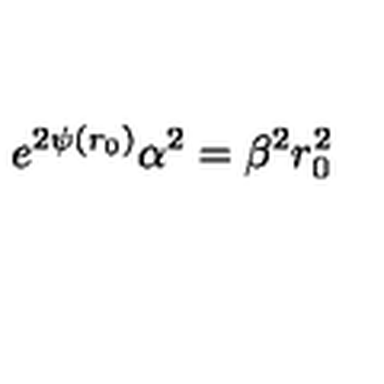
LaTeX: e ^ { 2 \psi ( r _ { 0 } ) } \alpha ^ { 2 } = \beta ^ { 2 } r _ { 0 } ^ { 2 }